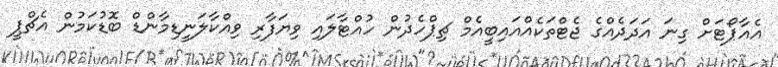
އެއާޕޯޓަށް ގިނަ އަދަދެއްގެ ޖެޓްތަކެއްއައިބީއެމް ޗިޕްހެދުން ހުއްޓާލައި ވިޔަފާރި ވިއްކާލަނީޑިމާންޑް ބޮޑުކަމުން އެޗްޕީ